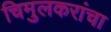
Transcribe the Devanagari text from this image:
चिमुलकरांचा